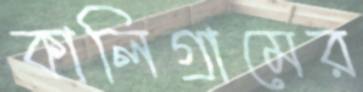
কালিগ্রামের